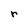
Character: r